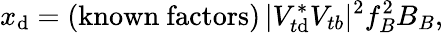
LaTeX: x_{\mathrm{d}}=(\mathrm{{known~factors}})\, |V_{t\mathrm{d}}^{*}V_{tb}|^{2}f_{B}^{2}B_{B},